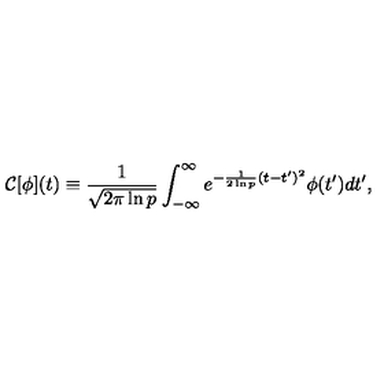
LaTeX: { \cal C } [ \phi ] ( t ) \equiv { \frac { 1 } { \sqrt { 2 \pi \ln p } } } \int _ { - \infty } ^ { \infty } { e ^ { - { \frac { 1 } { 2 \ln p } } ( t - t ^ { \prime } ) ^ { 2 } } \phi ( t ^ { \prime } ) d t ^ { \prime } } ,